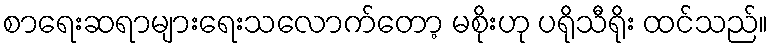
စာရေးဆရာများရေးသလောက်တော့ မစိုးဟု ပရိုသီရိုး ထင်သည်။